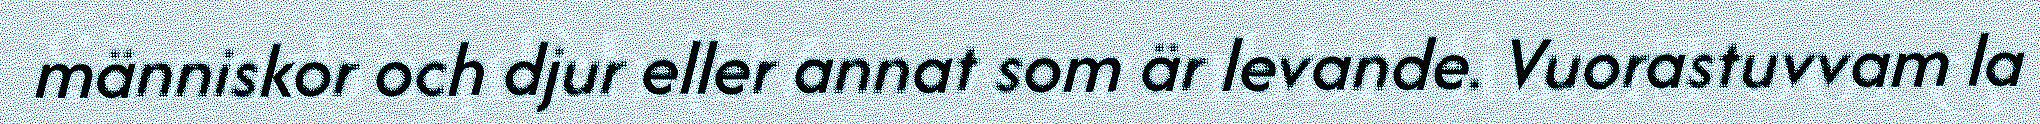
människor och djur eller annat som är levande. Vuorastuvvam la